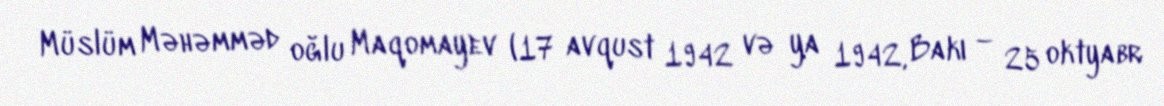
Müslüm Məhəmməd oğlu Maqomayev (17 avqust 1942 və ya 1942, Bakı – 25 oktyabr